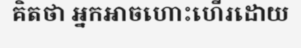
គិតថា អ្នកអាចហោះហើរដោយ